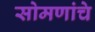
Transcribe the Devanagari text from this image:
सोमणांचे